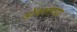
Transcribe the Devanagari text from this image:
ओंकाराच्या